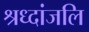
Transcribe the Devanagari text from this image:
श्रध्दांजलि